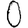
Digit: 0